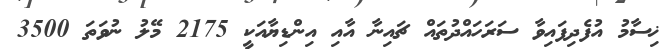
ޚިސާމު އުފެދިފައިވާ ސަރަހައްދުތައް ޗައިނާ އާއި އިންޑިޔާއަކީ 2175 މޭލު ނުވަތަ 3500